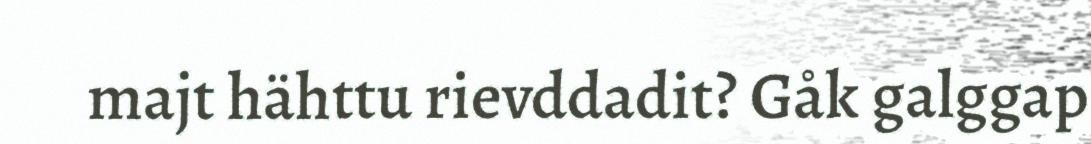
majt hähttu rievddadit? Gåk galggap